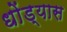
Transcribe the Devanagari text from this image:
धोंड्यास